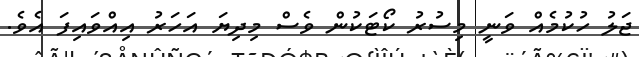
ޖަލު ހުކުމެއް ވަނީ މިސުރު ކޯޓަކުން ވެސް މިދިޔަ އަހަރު އިއްވައިފަ އެވެ.